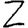
Digit: 2